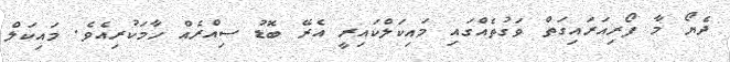
ދެޔޯ މާ ފޯރިއަރައިގަތް ވަގުތެއްގައި މައިކަލްކައިރީ އެރޭ ބޮޑު ސިއްރެއް ހާމަކުރިއެވެ. މައިކަލް